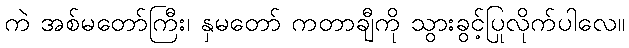
ကဲ အစ်မတော်ကြီး၊ နှမတော် ကတာချီကို သွားခွင့်ပြုလိုက်ပါလေ။